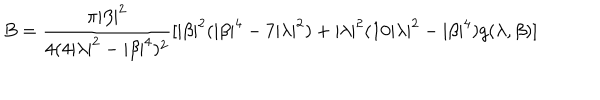
B = \frac { \pi | \beta | ^ { 2 } } { 4 ( 4 | \lambda | ^ { 2 } - | \beta | ^ { 4 } ) ^ { 2 } } [ | \beta | ^ { 2 } ( | \beta | ^ { 4 } - 7 | \lambda | ^ { 2 } ) + | \lambda | ^ { 2 } ( 1 0 | \lambda | ^ { 2 } - | \beta | ^ { 4 } ) g ( \lambda , \beta ) ]